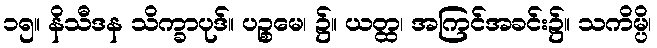
၁၅။ နိသီဒန သိက္ခာပုဒ်။ ပဉ္စမေ၊ ၌။ ယတ္ထ၊ အကြင်အခင်း၌။ သကိမ္ပိ၊